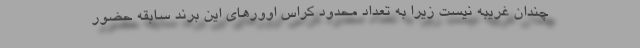
چندان غریبه نیست زیرا به تعداد محدود کراس اوورهای این برند سابقه حضور